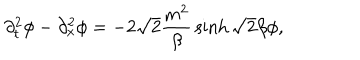
LaTeX: \partial _ { t } ^ { 2 } \phi - \partial _ { x } ^ { 2 } \phi = - 2 \sqrt 2 { \frac { m ^ { 2 } } { \beta } } \sinh \sqrt 2 \beta \phi ,